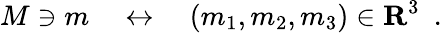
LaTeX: M\ni m\quad\leftrightarrow\quad(m_{1},m_{2},m_{3})\in{\mathbf R}^{3}\ \ .